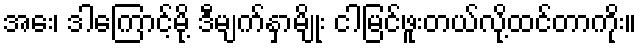
အေး၊ ဒါကြောင့်မို့ ဒီမျက်နှာမျိုး ငါမြင်ဖူးတယ်လို့ထင်တာကိုး။